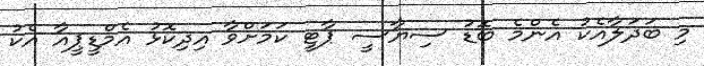
މި ބަދަލާއެކު އެންމެ ބޮޑު ސިޔާސީ ޕާޓީ ކަމަށްވާ އިދިކޮޅު އެމްޑީޕީއާ އެކު